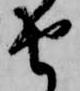
由